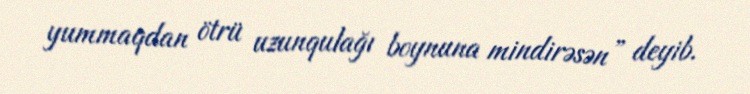
yummaqdan ötrü uzunqulağı boynuna mindirəsən” deyib.